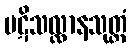
ပဋိသလ္လာနသုတ္တံ